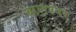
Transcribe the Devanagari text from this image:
बालेश्‍वर